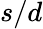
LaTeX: s/d